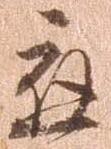
応